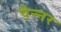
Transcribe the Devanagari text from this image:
पेन्नर